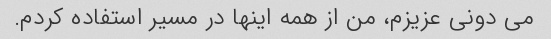
می دونی عزیزم، من از همه اینها در مسیر استفاده کردم.